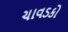
ચાવડકો